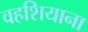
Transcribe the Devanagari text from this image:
वहशियाना